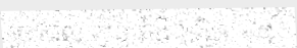
រួច ដែល គ្មាន ជំងឺ ទៀត » ។